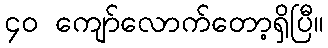
၄၀ ကျော်လောက်တော့ရှိပြီ။